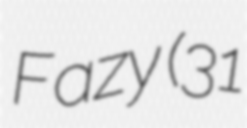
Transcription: Fazy (31